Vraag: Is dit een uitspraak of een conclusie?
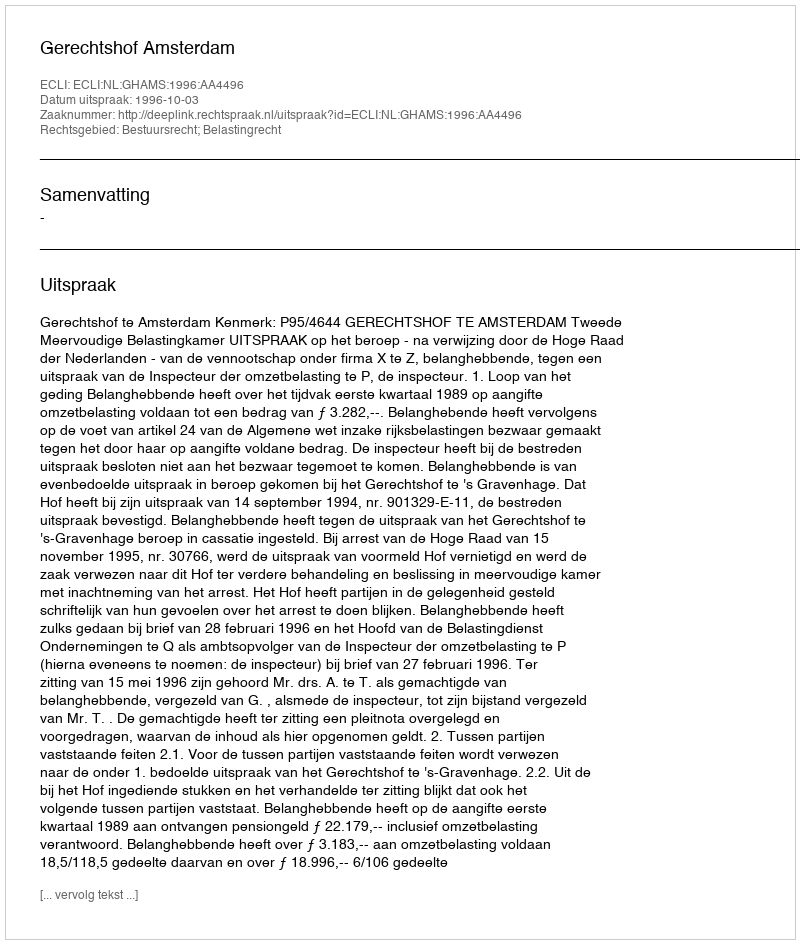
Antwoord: Uitspraak